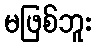
မဖြစ်ဘူး